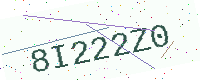
Text: 8I222Z0